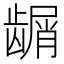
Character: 𬺑